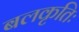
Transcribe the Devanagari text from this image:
बलकृतिः